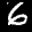
Digit: 6